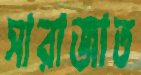
সারাজাত